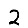
Digit: 2